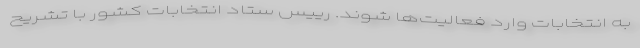
به انتخابات وارد فعالیت‌ها شوند. رییس ستاد انتخابات کشور با تشریح